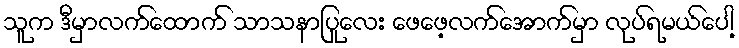
သူက ဒီမှာလက်ထောက် သာသနာပြုလေး ဖေဖေ့လက်အောက်မှာ လုပ်ရမယ်ပေါ့